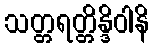
သတ္တရတ္တိန္ဒိဝါနိ